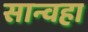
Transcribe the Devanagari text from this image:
सान्वहा